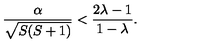
\frac { \alpha } { \sqrt { S ( S + 1 ) } } < \frac { 2 \lambda - 1 } { 1 - \lambda } .